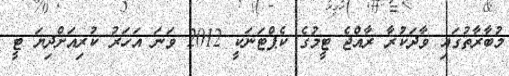
މުބާރާތުގައި ވާދަކުރާ ރާއްޖެ ޓީމުގެ ކެޕްޓަނަކީ 2012 ވަނަ އަހަރު ކުރިއަށްދިޔަ ޓީ